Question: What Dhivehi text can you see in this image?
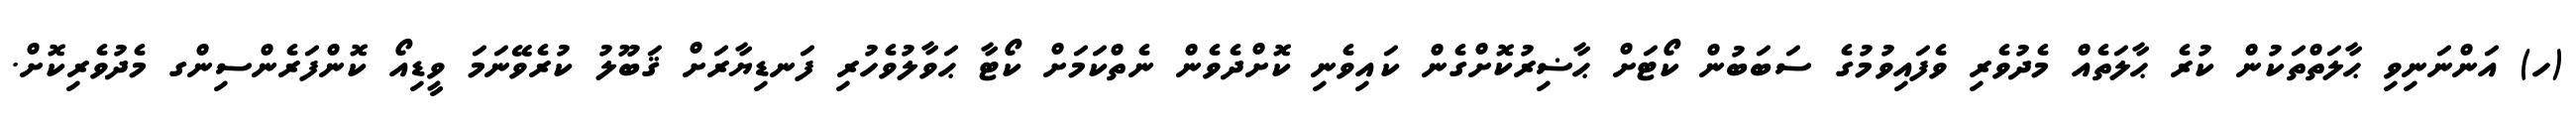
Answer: (ހ) އަންނަނިވި ޙާލަތްތަކުން ކުރެ ޙާލަތެއް މެދުވެރި ވެފައިވުމުގެ ސަބަބުން ކޯޓަށް ޙާޟިރުކޮށްގެން ކައިވެނި ކޮށްދެވެން ނެތްކަމަށް ކޯޓާ ޙަވާލުވެހުރި ފަނޑިޔާރަށް ޤަބޫލު ކުރެވޭނަމަ ވީޑިއޯ ކޮންފަރެންސިންގ މެދުވެރިކޮށް.